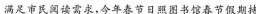
满足市民阅读需求，今年春节日照图书馆春节假期持